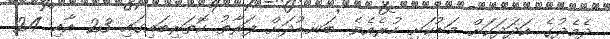
ދެމެދުގެ އަދަދަކަށް މަޑުކަށި ހުރެއެވެ. ބަނޑުދަށް ފަރާތު ކޮތަރިބައިގައި 23 އާއި 24